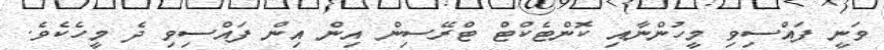
ވަނީ ފައްސިވި މީހުންނާއި ކޮންޓެކްޓް ޓްރޭސިން އިން އިން ފައްސިވި ދެ މީހެކެވެ.